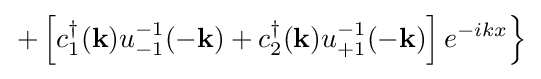
\left.+\left[c_{1}^{\dagger }(\mathbf {k} )u_{-1}^{-1}(\mathbf {-k} )+c_{2}^{\dagger }(\mathbf {k} )u_{+1}^{-1}(\mathbf {-k} )\right]e^{-ikx}\right\}